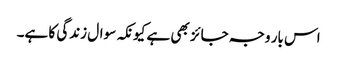
اس بار وجہ جائز بھی ہے کیونکہ سوال زندگی کا ہے۔